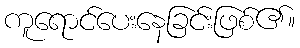
ကူရောင်ပေးနေခြင်းဖြစ်၏။